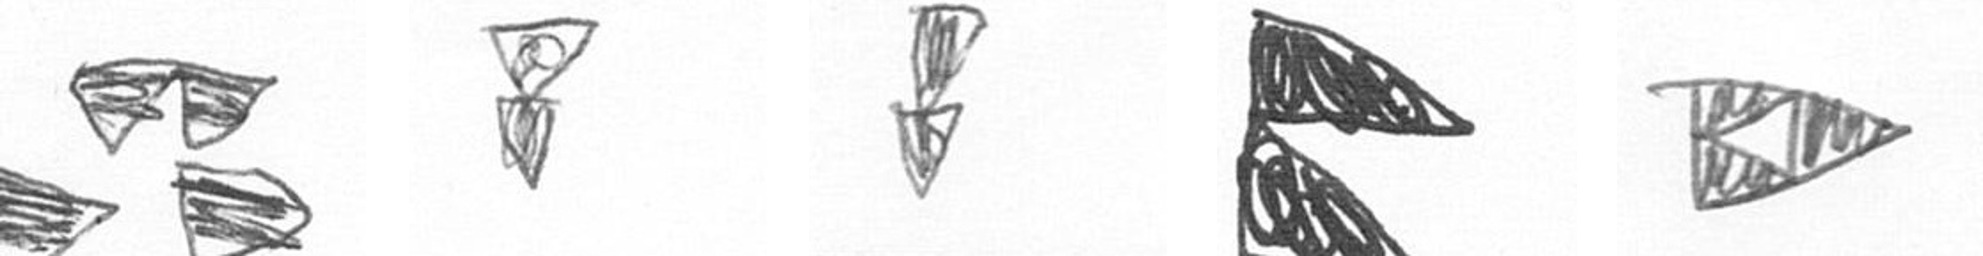
B Z Z P K